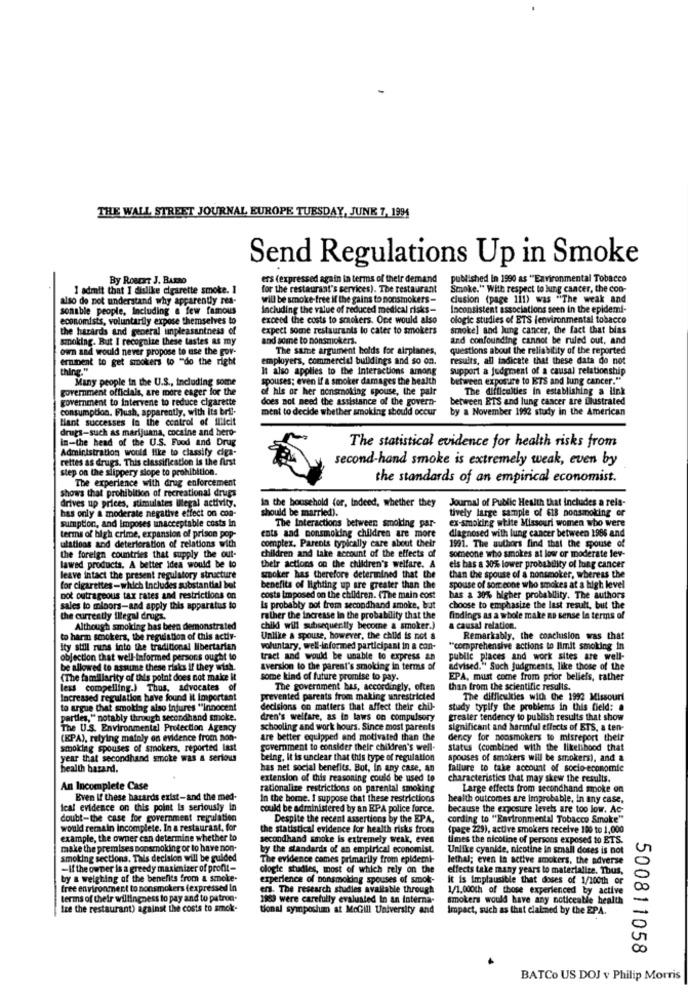
THE WALL STREET JOURNAL EUROPE TUESDAY, JUNK 7, 1994
Send Regulations Up in Smoke
By Roeext J. BARBO
ers (expressed again in terms of their demand published in 1990 as "Environmental Tobacco
I admit that I dislike cigarette smoke. 1
for the restaurant's services). The restaurant
Smoke." With respect to lung cancer, the con-
also do not understand why apparently rea-
will be smoke-free if the gains to nonsmokers -
clusion (page 111) was "The weak and
sonable people, Including a few famous
including the value of reduced medical risks-
Inconsistent associations seen in the epidemi-
economists, voluntarily expose themselves to
exceed the costs to smokers. One would also
ologie studies of ETS fenvironmental tobacco
the hazards and general unpleasantness of
expect some restaurants to cater to smokers
smoke] and lung cancer, the fact that bias
smoking. But I recognize these tastes as my
and adine to nonsmokers.
and confounding cannot be ruled out, and
own and would never propose to use the gov-
The same argument holds for airplanes,
questions about the reliability of the reported
ernment to get smokers to "do the right
employers, commercial buildings and so on.
results, all tadicate that these data do not
thing "
It also applies to the Interactions among
support a judgment of a causal relationship
Many people in the U.S ., including some
spouses; even If a smoker damages the health
between exposure to ETS and lung cancer."
government officials, are more eager for the
of his or her nonsmoking spouse, the pair
The difficulties in establishing a link
government to Intervene to reduce cigarette
does not need the assistance of the govern-
between ETS and lung cancer are illustrated
consumption. Flush, apparently, with its bril-
ment to decide whether smoking should occur
by a November 1992 study in the American
Blant successes la the control of illicit
drugs-such as marijuana, cocaine and bero-
in-the head of the U.S. Food and Drug
The statistical evidence for health risks from
Administration would like to classify ciga-
rettes as drugs. This classification is the first
second-hand smoke is extremely weak, even by
step on the slippery slope to prohibition.
The experience with drug enforcement
the standards of an empirical economist.
shows that prohibition of recreational drugs
drives up prices, stimulates Illegal activity.
Journal of Public Health that includes a rela-
has only a moderate negative effect on con-
In the household (or, Indeed, whether they
tively large sample of 618 nonsmoking er
sumption, and Imposes unacceptable costs In
should be married).
ex-smoking white Missouri women who were
The Interactions between smoking par-
diagnosed with lung cancer between 1986 and
terms of high crime, expansion of prison pop-
ents and nonsmoking children are more
ulations and deterioration of relations with
complex. Parents typically care about their
1991. The authors find that the spouse of
the foreign countries that supply the out-
children and take account of the effects of
someone who smokes at low or moderate lev-
lawed products. A better idea would be to
their actions on the children's welfare. A
els bas a 30% lower probability of lung cancer
leave intact the present regulatory structure
szoker has therefore determined that the
than the spouse of a nonsmoker, whereas the
for cigarettes-which Includes substantial but
benefits of lighting up are greater than the
spouse of sor cone who smokes at a high level
not outrageous tax rates and restrictions on
costs imposed on the children. (The main cost
has a 30% higher probability. The authors
sales to minors-and apply this apparatus to
Is probably not from secondhand smoke, but
choose to emphasize the last result, but the
the currently Illegal drugs.
rather the increase In the probability that the
findings as a whole make no sense in terms of
Although smoking has been demonstrated
child will subsequently become a smoker.)
a causal relation.
harin smokers, the regulation of this activ-
Unlike a spouse, however, the child is not a
Remarkably, the conclusion was that
Ity still runs into the traditional libertarian
voluntary, well-informed participant in a con-
"comprehensive actions to limit smoking in
objection that well-Informed persons ought to
tract and would be unable to express an
public places and work sites are well-
be allowed to assume these risks if they wish.
aversion to the parent's smoking in terms of
advised." Such judgments, like those of the
(The familiarity of this point does not make it
some kind of future promise to pay.
EPA, must come from prior beliefs, tather
lexs compelling.) Thus, advocates of
The government has, accordingly, often
than from the scientific results.
Increased regulation have found it Important
prevented parents from making unrestricted
The difficulties with the 1992 Missouri
to argue that smoking also injures "innocent
decisions on matters that affect their chil-
study typify the problems in this field: .
parties," notably through secondhand smoke.
dren's welfare, as in laws on compulsory
greater tendency to publish results that show
The U.S. Environmental Protection Agency
schooling and work hours. Since most parents
significant and harmful effects of ETS, a ten-
(KPA), relying mainly on evidence from non-
are better equipped and motivated than the
dency for nonsmokers to misreport their
smoking spouses of smokers, reported last
government to consider their children's well-
status (combined with the likelihood that
year that secondhand smoke was a serious
being, It is unclear that this type of regulation
spouses of smokers will be smokers), and a
health batard.
has net social benefits. But, in any case, an
failure to take account of socio-economic
extension of this reasoning could be used to
characteristics that may skew the results.
An Incomplete Case
rationalize restrictions on parental smoking
Large effects from secondhand smoke on
Even If these hazards exist-and the med-
In the home. I suppose that these restrictions
health outcomes are improbable, in any case,
ical evidence on this point is seriously in
could be administered by an EPA police force.
because the exposure levels are too low. Ac
doubt-the case for government regulation
Despite the recent assertions by the EPA.
cording to "Environmental Tobacco Smoke"
would remain incomplete. In a restaurant, for
the statistical evidence for health risks from
(page 229), active smokers receive 100 to 1,000
example, the owner can determine whether to
secondhand smoke is extremely weak, even
times the nicoline of persons exposed to ETS.
make the premises nonsmoking or to have non-
by the standards of an empirical economist.
Unlike cyanide, nicotine in small doses is not
smoking sections. This decision will be guided
The evidence comes primarily from epidemi-
lethal; even In active smokers, the adverse
-If the owner is a greedy maximizer of profit-
ologie studies, most of which rely on the
effects take many years to materialize. Thus,
by a weighing of the benefits from a smoke-
experience of nonsmoking spouses of smok-
it is Implausible that doses of 1/100th or
free environment to nonsmokers (expressed In
era. The research studies available through
1/1,000th of those experienced by active
terms of their willingness to pay and to patrua.
1983 were carefully evaluated In an interna-
smokers would have any noticeable health
ize the restaurant) against the costs to smok-
tional symposium at McGill University and
Impact, such as that clained by the EPA.
500811058
BATCo US DOJ v Philip Morris